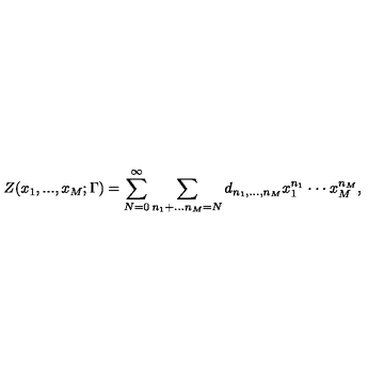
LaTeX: Z ( x _ { 1 } , . . . , x _ { M } ; \Gamma ) = \sum _ { N = 0 } ^ { \infty } \sum _ { n _ { 1 } + . . . n _ { M } = N } d _ { n _ { 1 } , . . . , n _ { M } } x _ { 1 } ^ { n _ { 1 } } \cdot \cdot \cdot x _ { M } ^ { n _ { M } } ,